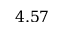
4 . 5 7